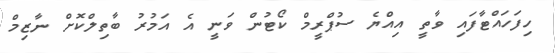
ހިފަަހައްޓާފައި ވާތީ އިއްޔެ ސުޕްރީމް ކޯޓުން ވަނީ އެ އަމުރު ބާތިލްކޮށް ނާޒިމް